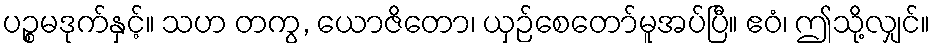
ပဉ္စမဒုက်နှင့်။ သဟ တကွ, ယောဇိတော၊ ယှဉ်စေတော်မူအပ်ပြီ။ ဧဝံ၊ ဤသို့လျှင်။